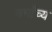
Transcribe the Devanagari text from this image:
वर्मांच्य